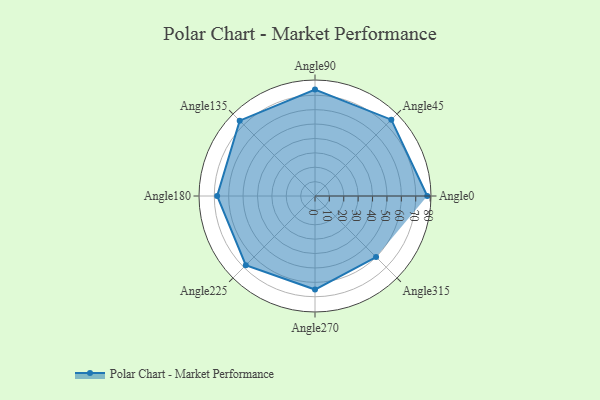
{"axis": {"x": "Angle", "y": "Radius"}, "legend": [""], "data": [{"x": "Angle0", "y": 78.0, "type": ""}, {"x": "Angle45", "y": 75.0, "type": ""}, {"x": "Angle90", "y": 74.0, "type": ""}, {"x": "Angle135", "y": 74.0, "type": ""}, {"x": "Angle180", "y": 68.0, "type": ""}, {"x": "Angle225", "y": 68.0, "type": ""}, {"x": "Angle270", "y": 65.0, "type": ""}, {"x": "Angle315", "y": 60.0, "type": ""}]}